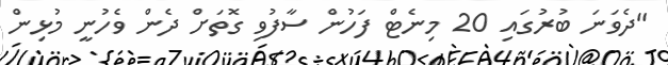
"ދެވަނަ ބުރުގައި 20 މިނެޓް ފަހުން ސާފުވި ގޮތަށް ދެން ވެހުނީ މުޅިން